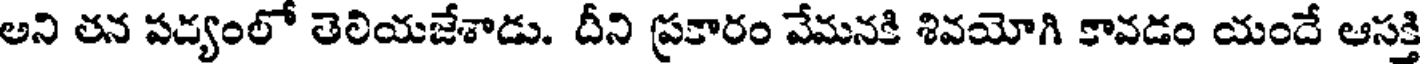
అని తన పద్యంలో తెలియజేశాడు. దీని ప్రకారం వేమనకి శివయోగి కావడం యందే ఆసక్తి